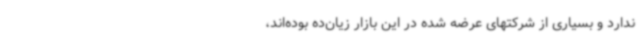
ندارد و بسیاری از شرکتهای عرضه شده در این بازار زیان‌ده بوده‌اند،